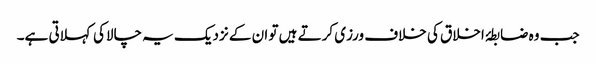
جب وہ ضابطۂ اخلاق کی خلاف ورزی کرتے ہیں تو ان کے نزدیک یہ چالاکی کہلاتی ہے۔